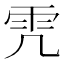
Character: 𩁸